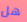
هل